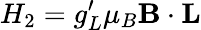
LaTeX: H_{2}=g_{L}^{\prime}\mu_{B}\textbf{B}\cdot\textbf{L}